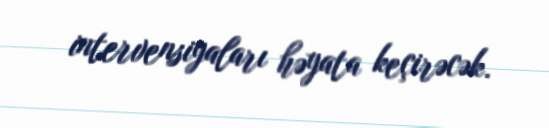
intervensiyaları həyata keçirəcək.